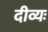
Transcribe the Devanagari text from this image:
दीव्यः